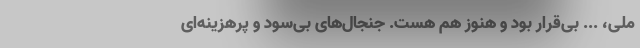
ملی، ... بی‌قرار بود و هنوز هم هست. جنجال‌های بی‌سود و پرهزینه‌ای